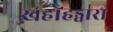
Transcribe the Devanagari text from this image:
खहोहड्वारा